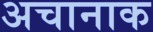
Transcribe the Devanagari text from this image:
अचानाक